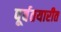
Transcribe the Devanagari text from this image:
पूर्वतयारीत